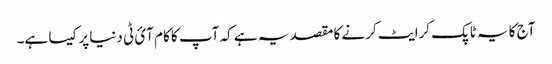
آج کا یہ ٹاپک کرایٹ کرنے کا مقصد یہ ہے کہ آپ کا کام آئ ٹی دنیا پر کیسا ہے۔